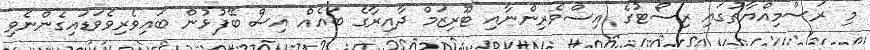
މި ރަސްމިއްޔާތުގައި ރިސޯޓުގެ އިސްވެރިންނާއި ޓޫރިޒަމް ދާއިރާގެ ބައެއް އިސް ބޭފުޅުން ބައިވެރިވެވަޑައިގެންނެވި